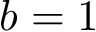
b = 1